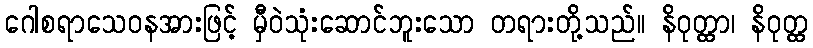
ဂေါစရာသေဝနအားဖြင့် မှီဝဲသုံးဆောင်ဘူးသော တရားတို့သည်။ နိဝုတ္ထာ၊ နိဝုတ္ထ